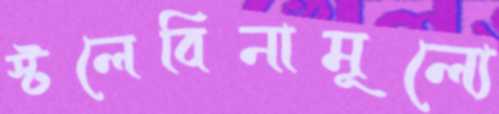
স্টলেবিনামূল্যে